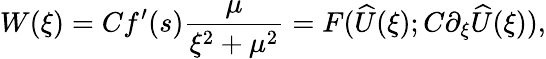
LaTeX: W(\xi)=Cf^{\prime}(s)\frac{\mu}{\xi^{2}+\mu^{2}}=F(\widehat{U}(\xi);C\partial_{\xi}\widehat{U}(\xi)),